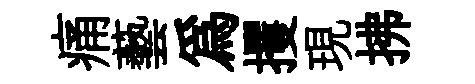
痛藝為攫現拂